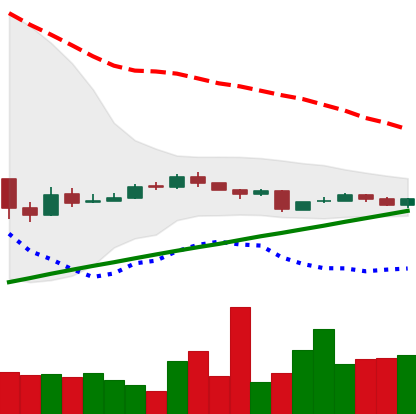
Ticker: BTC-USD
Chart end date: 2016-09-02
Forward return: 6.778%
Label: up_5_7